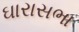
ઘારાસભા